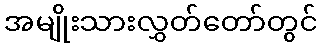
အမျိုးသားလွှတ်တော်တွင်